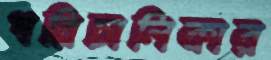
পরিচালিকার